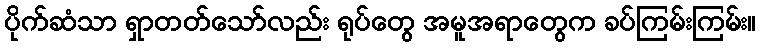
ပိုက်ဆံသာ ရှာတတ်သော်လည်း ရုပ်တွေ အမူအရာတွေက ခပ်ကြမ်းကြမ်း။